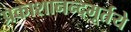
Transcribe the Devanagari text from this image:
प्रकाशानन्दमूर्तये